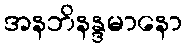
အနဘိနန္ဒမာနော